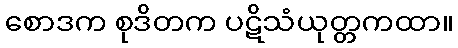
စောဒက စုဒိတက ပဋိသံယုတ္တကထာ။